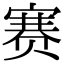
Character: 赛